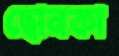
ছোনকা